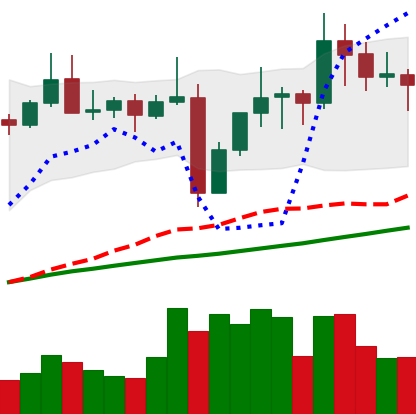
Ticker: TRX-USD
Chart end date: 2021-11-06
Forward return: 6.489%
Label: up_5_7